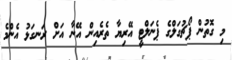
މި ގޮތުން ޕޯޗުގަލްގެ ޕެނަލްޓީ އޭރިޔާ ތެރެއިން އޭނާ އަށް ރަނގަޅު އެންމެ